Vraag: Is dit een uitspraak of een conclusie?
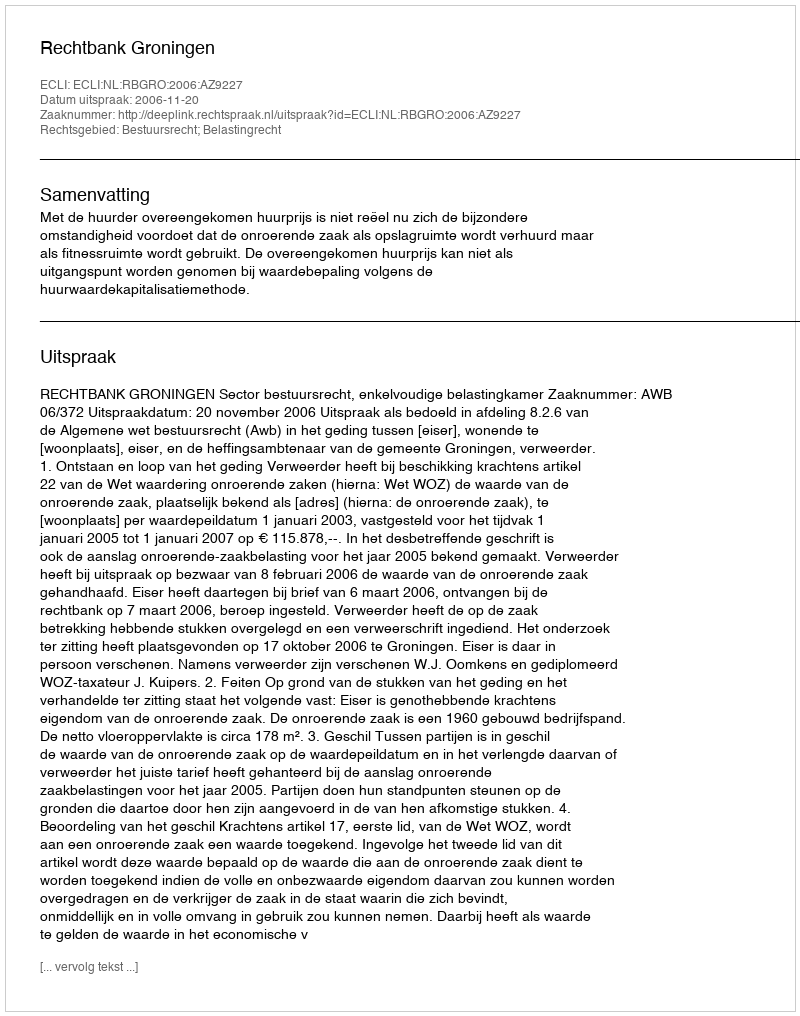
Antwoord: Uitspraak